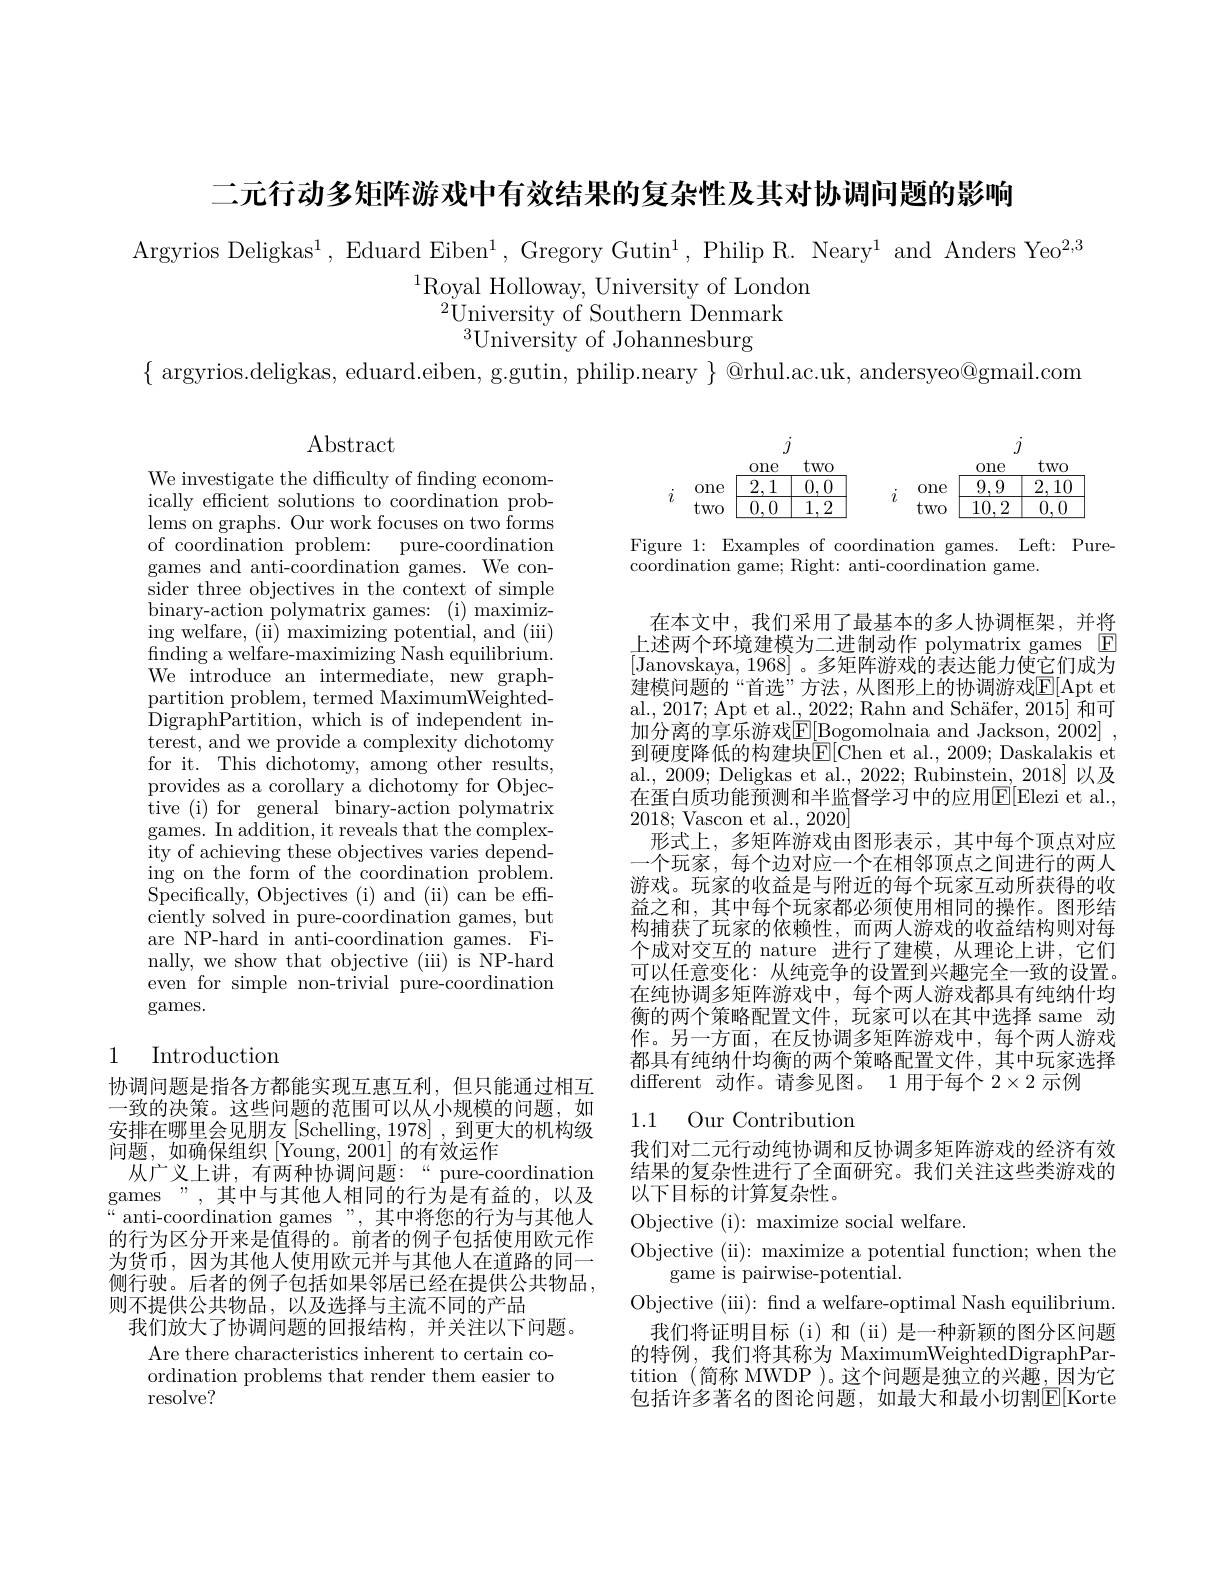
二元行动多矩阵游戏中有效结果的复杂性及其对协调问题的影响

Argyrios Deligkas$^1$, Eduard Eiben$^1$, Gregory Gutin$^1$, Philip R. Neary$^1$ and Anders Yeo$^2,3$
$^{1}$Royal Holloway, University of London
$^{2}{\mathrm{University~of~Southern~Denmark}}$
$^{3}$University of Johannesburg

$\{$ argyrios.deligkas, eduard.eiben, g.gutin, philip.neary $\}$ @rhul.ac.uk, andersyeo@gmail.com

$\operatorname{Abstract}$
$$\begin{array}{cc|c|c|c|c|c|c|c|c|c|c|c|c|c|c|c|c|c|c|c|c|c|c|c|c|c|c|c|c|c|c|c|c|c|c|c|c|c|c|c|c|c|c|c|c|c|c|c|c}j&&&&&&&&j&&&&&\\i&\text{one}&\begin{array}{c|c|c|c|c|c|c|c|c|c|c|c|c|c|c|c|c|c|c|c|c|c|c|c|c|c|c|c|c|c|c|c|c|c|c|c|c|c|c|c|c|c|c|c|c|c|c|cr|c|c|c|c|c|c|c|c|c|c|c|c|c|c|c|c|c|c|c|c|c|c|c|c|c|c|c|c|c|c|c|c|c|c|c|c|c|c|c|c|c|c|c|c|c|c|c|c|c|c|c|c|c|c|c|c|c|c|c|c|c|c|c|c|c|c|c|c|c|c|c|c|c|c|c|c|c|c|c|c|c|c|c|c|c|c|c|c|c|c|c|c|c|c|c|c|c|c|c|c|c|c|c|c|c|c|c|c|c|c|c|c|c|c|c|c|c|c|c|c|c|c|c|c|c|c|c|c|c|c|c|c|c|c|c|c|c|c|c|c|c|c|c|c|c|c|c|c|c|c|c|c|c|c|c|c|c|c|c|c|c|c|c|c|c|c|c|c|c|c|c|c|c|c|c|c|c|c|c|c|c|c|c|c|c|c|c|c|c|c|c|c|c|c|c|c|c|c|c|c|c|c|c|c|c|c|c|c|c|c|c|c|c|c|c|c|c|c|c|c|c|c|c|c|c|c|c|c|c|c|c|c|c|c|c|c|c|c|c|c|c|c|c|c|c|c|c|c|c|c|c|c|c|c|c|c|c|c|c|c|c|c|c|c|c|c|c|c|c|c|c|c|c|c|c|c|c|c|c|c|c|c|c|c|c|c|c|c|c|c|c|c|c|c|c|c|c|c|c|c|c|c|c|c|c|c|c|c|c|c|c|c|c|c|c|c|c|c|c|c|c|c|c|c|c|c|c|c|c|c|c|c|c|c|c|c|c|c|c|c|c|c|c|c|c|c|c|c|c|c|c|c|c|c|c|c|c|c|c|c|c|c|c|c|c|c|c|c|c|c|c|c|c|c|c|c|c|c|c|c|c|c|c|c|c|c|c|c|c|c|c|c|c|c|c|c|c|c|c}\end{array}\end{array}$$
Figure 1: Examples of coordination games. Left: Pure-
coordination game; Right: anti-coordination game.

We investigate the difficulty of finding economically efficient solutions to coordination problems on graphs. Our work focuses on two forms of coordination problem: pure-coordination games and anti-coordination games. We consider three objectives in the context of simple binary-action polymatrix games: (i) maximizing welfare, (ii) maximizing potential, and (iii) finding a welfare-maximizing Nash equilibrium. We introduce an intermediate, new graphpartition problem, termed MaximumWeightedDigraphPartition,which is of independent interest, and we provide a complexity dichotomy for it. This dichotomy, among other results, provides as a corollary a dichotomy for Objective (i) for general binary-action polymatrix games. In addition, it reveals that the complexity of achieving these objectives varies depending on the form of the coordination problem. Specifically, Objectives ( i) and ( ii) can be eff- ciently solved in pure-coordination games, but are NP-hard in anti-coordination games. Finally, we show that objective (iii) is NP-hard even for simple non-trivial pure-coordination games.

在本文中，我们采用了最基本的多人协调框架，并将上述两个环境建模为二进制动作 polymatrix games $\boxed{\mathrm{F}}$ [Janovskaya, 1968] 。多矩阵游戏的表达能力使它们成为建模问题的“首选”方法，从图形上的协调游戏$\overline{\mathrm{E}}[$Apt et al., 2017; Apt et al., 2022; Rahn and Schäfer, 2015] 和可加分离的享乐游戏$\underline{\mathrm{E}}[\underline{\mathrm{Bogomolnaia~and~Jackson,~2002]~,}}$ 到硬度降低的构建块E[ Chen et al. , 2009; Daskalakis et al., 2009; Deligkas et al., 2022; Rubinstein, 2018] 以及在蛋白质功能预测和半监督学习中的应用E[ Elezi et al. , 2018;Vascon et al., 2020]
形式上，多矩阵游戏由图形表示，其中每个顶点对应一个玩家，每个边对应一个在相邻顶点之间进行的两人游戏。玩家的收益是与附近的每个玩家互动所获得的收益之和，其中每个玩家都必须使用相同的操作。图形结构捕获了玩家的依赖性，而两人游戏的收益结构则对每个成对交互的 nature 进行了建模，从理论上讲，它们可以任意变化：从纯竞争的设置到兴趣完全一致的设置。在纯协调多矩阵游戏中，每个两人游戏都具有纯纳什均衡的两个策略配置文件，玩家可以在其中选择 same 动作。另一方面，在反协调多矩阵游戏中，每个两人游戏都具有纯纳什均衡的两个策略配置文件，其中玩家选择different 动作。请参见图。1 用于每个$2\times2$示例

# 1 Introduction

1.1 Our Contribution

协调问题是指各方都能实现互惠互利，但只能通过相互一致的决策。这些问题的范围可以从小规模的问题，如安排在哪里会见朋友[Schelling,1978],到更大的机构级问题，如确保组织[Young,2001]的有效运作
从广义上讲，有两种协调问题：“pure-coordination games",其中与其他人相同的行为是有益的，以及“ anti- coordination games" , 其 中 将 您 的 行 为 与 其 他 人 的行为区分开来是值得的。前者的例子包括使用欧元作为货币，因为其他人使用欧元并与其他人在道路的同一侧行驶。后者的例子包括如果邻居已经在提供公共物品， 则不提供公共物品，以及选择与主流不同的产品
我们放大了协调问题的回报结构，并关注以下问题。
Are there characteristics inherent to certain coordination problems that render them easier to resolve?

我们对二元行动纯协调和反协调多矩阵游戏的经济有效结果的复杂性进行了全面研究。我们关注这些类游戏的以下目标的计算复杂性。
Objective (i): maximize social welfare
Objective (ii): maximize a potential function; when the
game is pairwise-potential.
Objective (iii): fnd a welfare-optimal Nash equilibrium
我们将证明目标(i)和(ii)是一种新颖的图分区问题的特例，我们将其称为 MaximumWeightedDigraphPartition (简称 MWDP )。这个问题是独立的兴趣，因为它包括许多著名的图论问题，如最大和最小切割$\mathbb{E}[$Korte